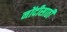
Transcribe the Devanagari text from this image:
नोंदीसाठी